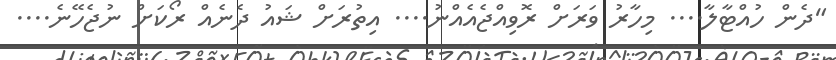
"ދެން ހުއްޓާލާ.... މިހާރު ވަރަށް ރޮވިއްޖެއެއްނު.... އިތުރަށް ޝައު ދެނެއް ރޯކަށް ނުޖެހޭނެ....